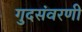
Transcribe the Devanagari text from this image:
गुदसंवरणी